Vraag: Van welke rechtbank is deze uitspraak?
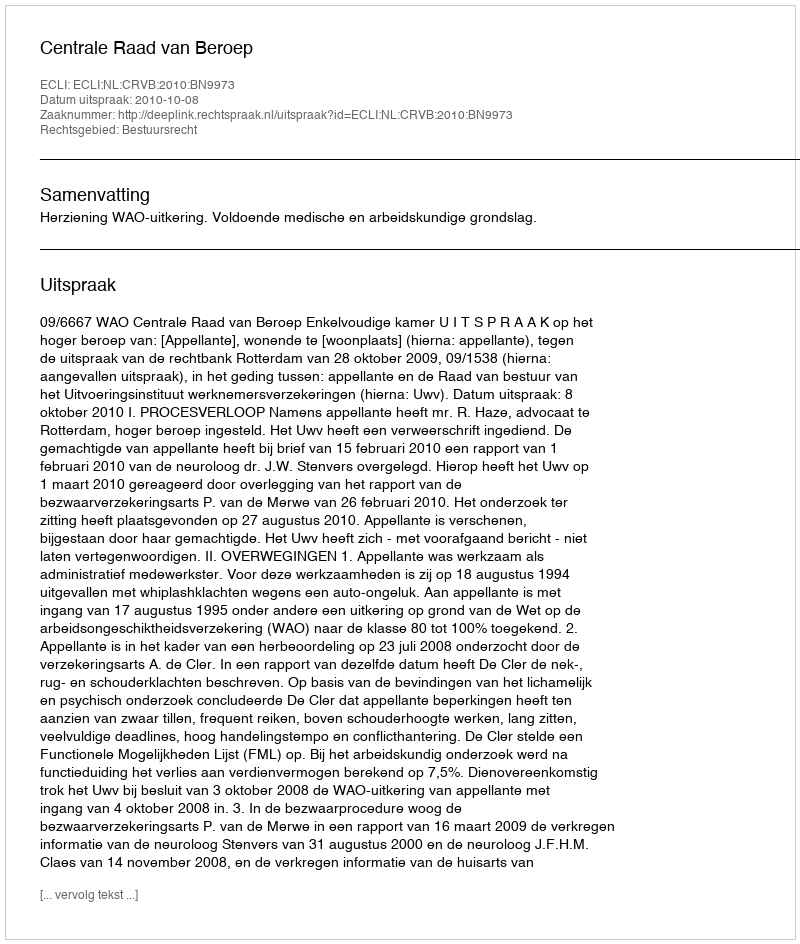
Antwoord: Centrale Raad van Beroep